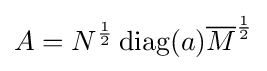
A=N^{\frac {1}{2}}\operatorname {diag} (a){\overline {M}}^{\frac {1}{2}}